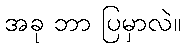
အခု ဘာ ပြမှာလဲ။